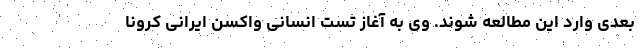
بعدی وارد این مطالعه شوند. وی به آغاز تست انسانی واکسن ایرانی کرونا